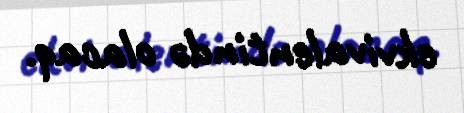
ekvivalentində olacaq.